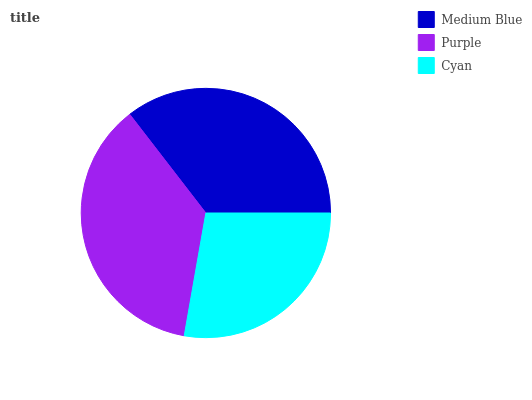
| Medium Blue | Purple | Cyan |
 | --- | --- | --- |
 | 35.5% | 36.7% | 27.8% |